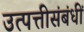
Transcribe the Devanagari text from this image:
उत्पत्तीसंबंधीं